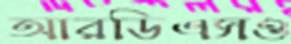
আরডিএসও